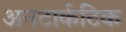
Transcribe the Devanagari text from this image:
अनटार्कटिक